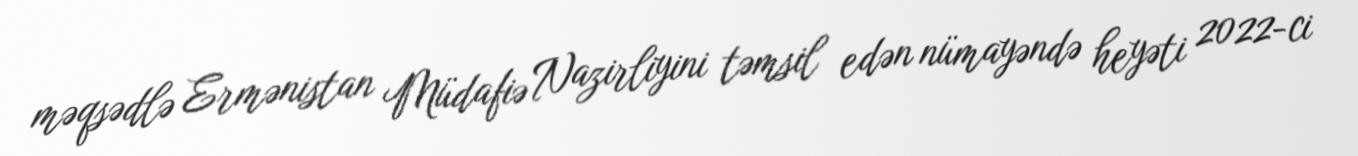
məqsədlə Ermənistan Müdafiə Nazirliyini təmsil edən nümayəndə heyəti 2022-ci